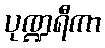
ပုဏ္ဍရီကာ